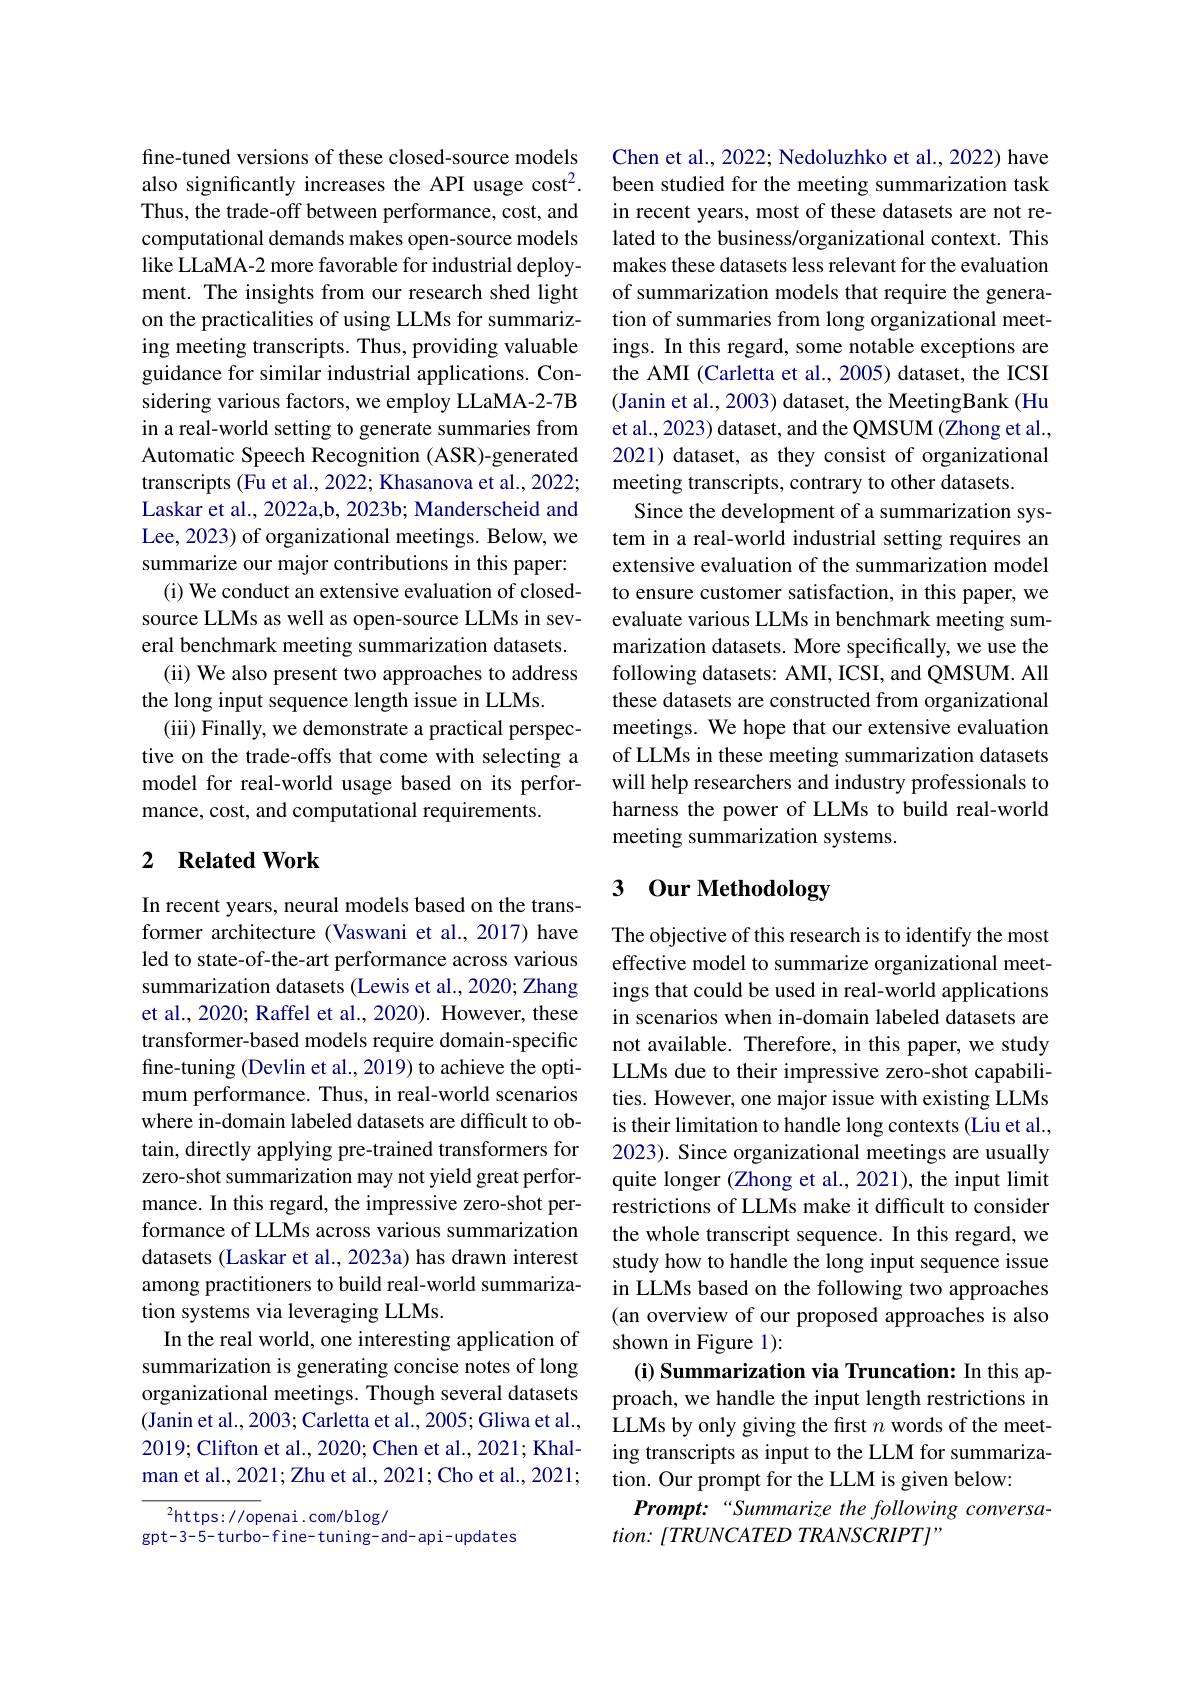
fine-tuned versions of these closed-source models also significantly increases the API usage cost$^{2}.$ Thus, the trade-off between performance, cost, and computational demands makes open-source models like LLaMA-2 more favorable for industrial deployment. The insights from our research shed light on the practicalities of using LLMs for summarizing meeting transcripts. Thus, providing valuable guidance for similar industrial applications. Considering various factors, we employ LLaMA-2-7B in a real-world setting to generate summaries from Automatic Speech Recognition (ASR)-generated transcripts (Fu et al., 2022; Khasanova et al., 2022; Laskar et al., 2022a,b, 2023b; Manderscheid and Lee, 2023) of organizational meetings. Below, we summarize our major contributions in this paper:
(i) We conduct an extensive evaluation of closedsource LLMs as well as open-source LLMs in several benchmark meeting summarization datasets.
(ii) We also present two approaches to address
the long input sequence length issue in LLMs.
(iii) Finally, we demonstrate a practical perspective on the trade-offs that come with selecting a model for real-world usage based on its performance, cost, and computational requirements.

## 2 $\textbf{Related Work}$

In recent years, neural models based on the transformer architecture (Vaswani et al.,2017) have led to state-of-the-art performance across various summarization datasets (Lewis et al., 2020; Zhang et al., 2020; Raffel et al., 2020). However, these transformer-based models require domain-specific fine-tuning (Devlin et al., 2019) to achieve the optimum performance. Thus, in real-world scenarios where in-domain labeled datasets are difficult to obtain, directly applying pre-trained transformers for zero-shot summarization may not yield great performance. In this regard, the impressive zero-shot performance of LLMs across various summarization datasets (Laskar et al., 2023a) has drawn interest among practitioners to build real-world summarization systems via leveraging LLMs.
In the real world, one interesting application of summarization is generating concise notes of long organizational meetings. Though several datasets (Janin et al., 2003; Carletta et al., 2005; Gliwa et al., 2019;Clifton et al., 2020; Chen et al., 2021; Khalman et al., 2021; Zhu et al., 2021; Cho et al., 2021;

$^2$https://openai.com/blog/
gpt-3-5-turbo-fine-tuning-and-api-updates

Chen et al., 2022; Nedoluzhko et al., 2022) have been studied for the meeting summarization task in recent years, most of these datasets are not related to the business/organizational context. This makes these datasets less relevant for the evaluation of summarization models that require the generation of summaries from long organizational meetings. In this regard, some notable exceptions are the AMI (Carletta et al., 2005) dataset, the ICSI (Janin et al., 2003) dataset, the MeetingBank (Hu et al., 2023) dataset, and the QMSUM (Zhong et al., 2021) dataset, as they consist of organizational meeting transcripts, contrary to other datasets.
Since the development of a summarization system in a real-world industrial setting requires an extensive evaluation of the summarization model to ensure customer satisfaction, in this paper, we evaluate various LLMs in benchmark meeting summarization datasets. More specifically, we use the following datasets: AMI, ICSI, and QMSUM. All these datasets are constructed from organizational meetings. We hope that our extensive evaluation of LLMs in these meeting summarization datasets will help researchers and industry professionals to harness the power of LLMs to build real-world meeting summarization systems.

# 3 Our Methodology

The objective of this research is to identify the most effective model to summarize organizational meetings that could be used in real-world applications in scenarios when in-domain labeled datasets are not available. Therefore, in this paper, we study LLMs due to their impressive zero-shot capabilities. However, one major issue with existing LLMs is their limitation to handle long contexts (Liu et al., 2023). Since organizational meetings are usually quite longer (Zhong et al., 2021), the input limit restrictions of LLMs make it difficult to consider the whole transcript sequence. In this regard, we study how to handle the long input sequence issue in LLMs based on the following two approaches (an overview of our proposed approaches is also shown in Figure 1):
(i) Summarization via Truncation: In this approach, we handle the input length restrictions in LLMs by only giving the first $n$ words of the meeting transcripts as input to the LLM for summarization. Our prompt for the LLM is given below:
Prompt:“Summarize the following conversa-
$tion\nobreak {: } [ TRUNCATED$ $TRANSCRIPT] ”$